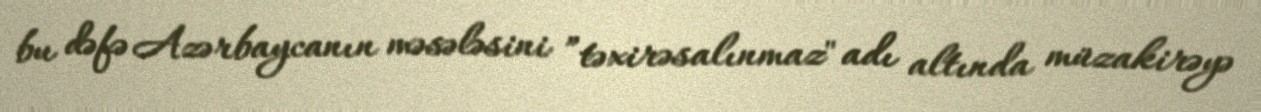
bu dəfə Azərbaycanın məsələsini ”təxirəsalınmaz" adı altında müzakirəyə